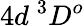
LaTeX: {4d~^{3}D^{o}}